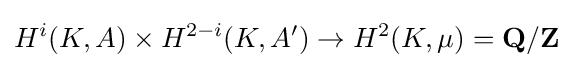
H^{i}(K,A)\times H^{2-i}(K,A^{\prime })\rightarrow H^{2}(K,\mu )=\mathbf {Q} /\mathbf {Z}